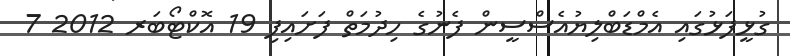
ގުޅީފަޅުގައި އެމްޑަބްލިޔުއެސްސީން ފެނުގެ ހިދުމަތް ފަށައިފި 19 އޮކްޓޯބަރ 2012 7